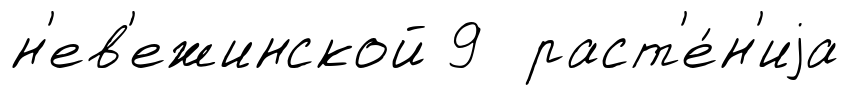
н'ев'ежинской 9 раст'е́н'иjа